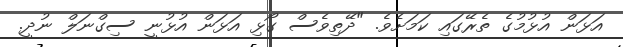
އަޅަން އުޅުމުގެ ތެރޭގައި ކަމަށެވެ. "ދޭތިވެސް ގޯޅި އަޅަން އުޅުނީ ސިގްނަލް ނުދީ.